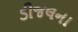
ડીજલના